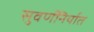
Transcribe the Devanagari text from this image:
सुवर्णनिर्यात